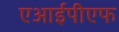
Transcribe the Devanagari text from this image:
एआईपीएफ